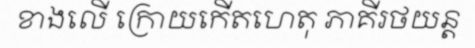
ខាងលើ ក្រោយកើតហេតុ ភាគីរថយន្ត